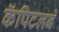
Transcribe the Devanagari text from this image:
कॅपिटलने